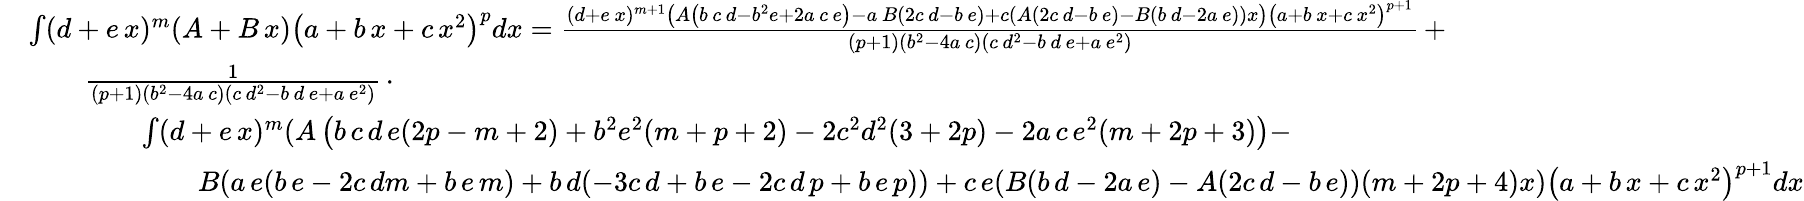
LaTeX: {\begin{array}{rl}&{\int(d+e\, x)^{m}(A+B\, x)\left(a+b\, x+c\, x^{2}\right)^{p}dx={\frac{(d+e\, x)^{m+1}\left(A\left(b\, c\, d-b^{2}e+2a\, c\, e\right)-a\, B(2c\, d-b\, e)+c(A(2c\, d-b\, e)-B(b\, d-2a\, e))x\right)\left(a+b\, x+c\, x^{2}\right)^{p+1}}{(p+1)\left(b^{2}-4a\, c\right)\left(c\, d^{2}-b\, d\, e+a\, e^{2}\right)}}\, +}\\ &{\qquad{\frac{1}{(p+1)\left(b^{2}-4a\, c\right)\left(c\, d^{2}-b\, d\, e+a\, e^{2}\right)}}\, \cdot}\\ &{\qquad\qquad\int(d+e\, x)^{m}(A\left(b\, c\, d\, e(2p-m+2)+b^{2}e^{2}(m+p+2)-2c^{2}d^{2}(3+2p)-2a\, c\, e^{2}(m+2p+3)\right)-}\\ &{\qquad\qquad\qquad B(a\, e(b\, e-2c\, dm+b\, e\, m)+b\, d(-3c\, d+b\, e-2c\, d\, p+b\, e\, p))+c\, e(B(b\, d-2a\, e)-A(2c\, d-b\, e))(m+2p+4)x)\left(a+b\, x+c\, x^{2}\right)^{p+1}dx}\end{array}}